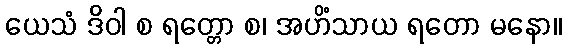
ယေသံ ဒိဝါ စ ရတ္တော စ၊ အဟိံသာယ ရတော မနော။